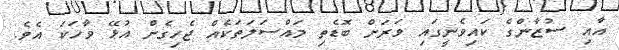
އާއި ސުޒާންގެ ކައިވެނީގައި ވަރަށް ބޮޑެތި މައްސަލަތަކެއް ޖެހިގެން އުޅޭ ވާހަކަ އެވެ.